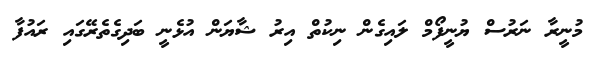
މުނީރާ ނަރުސް ޔުނީފޯމް ލައިގެން ނިކުތް އިރު ޝާޔަން އުޅެނީ ބަދިގެތެރޭގައި ރައުފާ